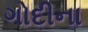
ગોદીના